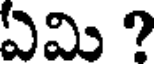
ఏమి ?